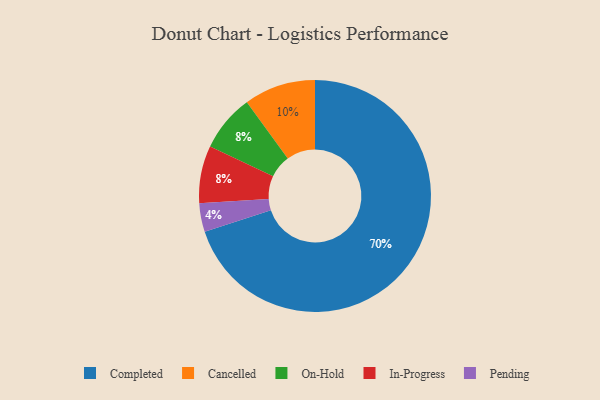
{"axis": {"x": "Category", "y": "Percentage"}, "legend": ["Cancelled", "Completed", "In-Progress", "On-Hold", "Pending"], "data": [{"x": "Cancelled", "y": 10, "type": "Cancelled"}, {"x": "On-Hold", "y": 8, "type": "On-Hold"}, {"x": "Pending", "y": 4, "type": "Pending"}, {"x": "In-Progress", "y": 8, "type": "In-Progress"}, {"x": "Completed", "y": 70, "type": "Completed"}]}